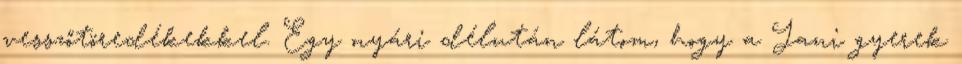
vesszőtöredékekkel. Egy nyári délután látom, hogy a Jani gyerek